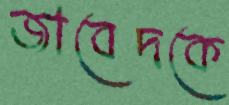
জাবেদকে